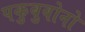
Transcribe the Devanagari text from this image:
पकुबुवोनो